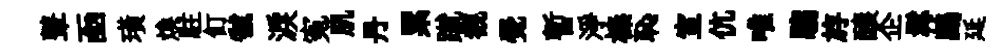
鼙凾璜煥駐飣虢淚寃肌丹累蹴覩覺暫淨榛恥室伉唯騶斿醸企髯鷓延